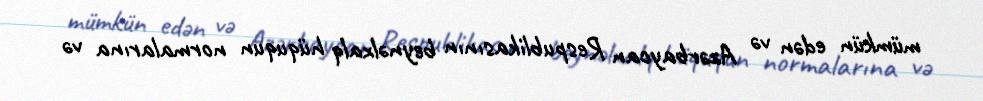
mümkün edən və Azərbaycan Respublikasının beynəlxalq hüququn normalarına və